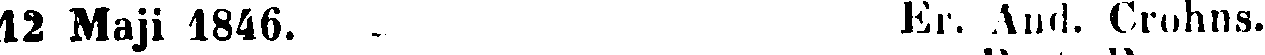
12 Maji 1846. Er. And. Crohns.